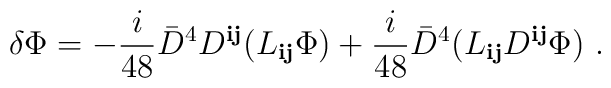
\delta \Phi= - \frac{i}{48} {\bar D}^4 D^{{\mathbf i}{\mathbf j}}(L_{{\mathbf i}{\mathbf j}} \Phi) +\frac{i}{48} {\bar D}^4 (L_{{\mathbf i}{\mathbf j}}D^{{\mathbf i}{\mathbf j}}\Phi)\ .